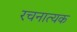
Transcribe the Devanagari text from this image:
रचनात्यक